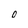
Character: 0